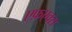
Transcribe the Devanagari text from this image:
एफ़एक्स